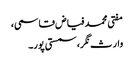
مفتی محمد فیاض قاسمی،
وارث نگر، سمستی پور۔